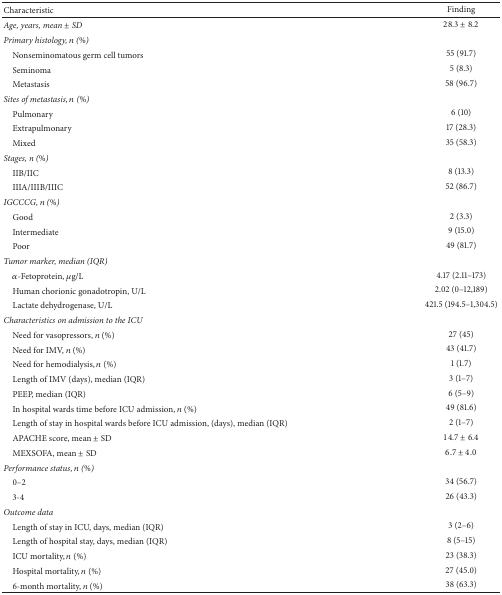
| Characteristic | Finding |
 | --- | --- |
 | Age, years, mean ± SD | 28.3 ± 8.2 |
 | Primary histology, n (%) |  |
 | Nonseminomatous germ cell tumors | 55 (91.7) |
 | Seminoma | 5 (8.3) |
 | Metastasis | 58 (96.7) |
 | Sites of metastasis, n (%) |  |
 | Pulmonary | 6 (10) |
 | Extrapulmonary | 17 (28.3) |
 | Mixed | 35 (58.3) |
 | Stages, n (%) |  |
 | IIB/IIC | 8 (13.3) |
 | IIIA/IIIB/IIIC | 52 (86.7) |
 | IGCCCG, n (%) |  |
 | Good | 2 (3.3) |
 | Intermediate | 9 (15.0) |
 | Poor | 49 (81.7) |
 | Tumor marker, median (IQR) |  |
 | α-Fetoprotein, μg/L | 4.17 (2.11–173) |
 | Human chorionic gonadotropin, U/L | 2.02 (0–12,189) |
 | Lactate dehydrogenase, U/L | 421.5 (194.5–1,304.5) |
 | Characteristics on admission to the ICU |  |
 | Need for vasopressors, n (%) | 27 (45) |
 | Need for IMV, n (%) | 43 (41.7) |
 | Need for hemodialysis, n (%) | 1 (1.7) |
 | Length of IMV (days), median (IQR) | 3 (1–7) |
 | PEEP, median (IQR) | 6 (5–9) |
 | In hospital wards time before ICU admission, n (%) | 49 (81.6) |
 | Length of stay in hospital wards before ICU admission, (days), median (IQR) | 2 (1–7) |
 | APACHE score, mean ± SD | 14.7 ± 6.4 |
 | MEXSOFA, mean ± SD | 6.7 ± 4.0 |
 | Performance status, n (%) |  |
 | 0–2 | 34 (56.7) |
 | 3-4 | 26 (43.3) |
 | Outcome data |  |
 | Length of stay in ICU, days, median (IQR) | 3 (2–6) |
 | Length of hospital stay, days, median (IQR) | 8 (5–15) |
 | ICU mortality, n (%) | 23 (38.3) |
 | Hospital mortality, n (%) | 27 (45.0) |
 | 6-month mortality, n (%) | 38 (63.3) |